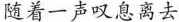
随着一声叹息离去